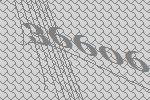
36606